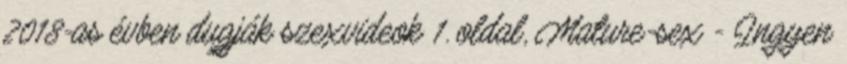
2018-as évben dugják szexvideok 1. oldal, Mature-sex - Ingyen